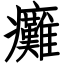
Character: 癱